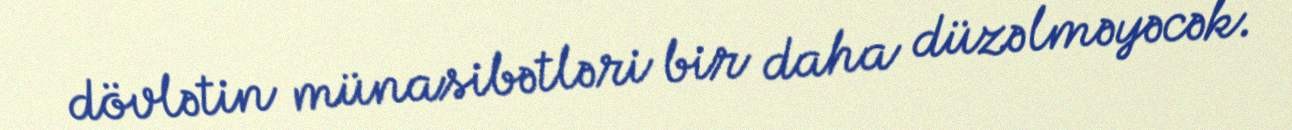
dövlətin münasibətləri bir daha düzəlməyəcək.